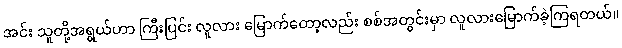
အင်း သူတို့အရွယ်ဟာ ကြီးပြင်း လူလား မြောက်တော့လည်း စစ်အတွင်းမှာ လူလားမြောက်ခဲ့ကြရတယ်။